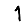
Digit: 1